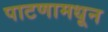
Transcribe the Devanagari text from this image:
पाटणामधून